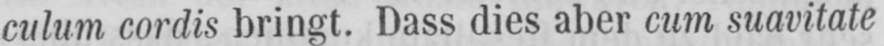
culum cordis bringt. Dass dies aber cum suavitate